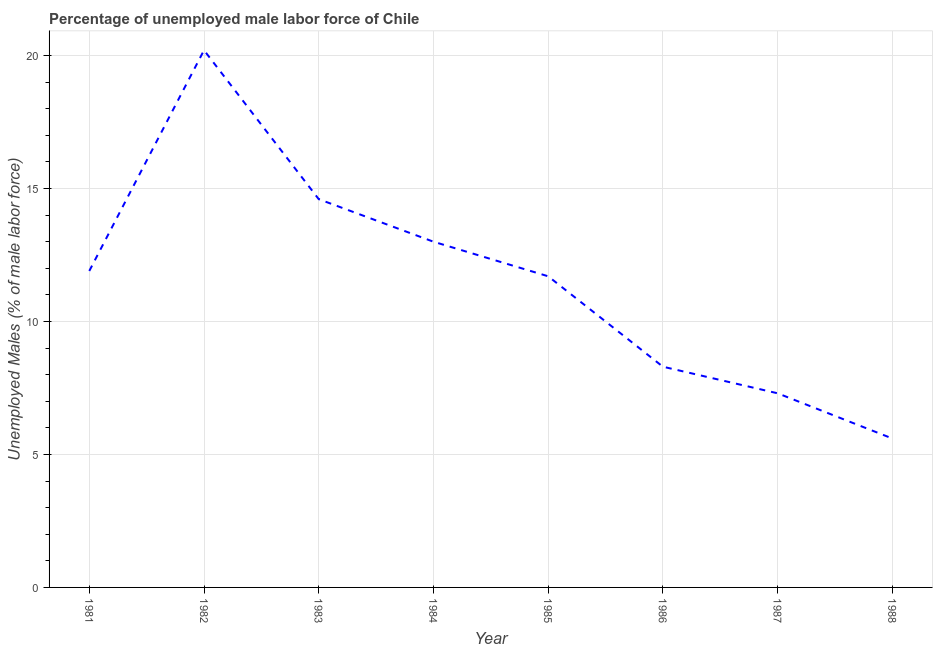
| Year | Unemployment male |
 | --- | --- |
 | 1981 | 11.9 |
 | 1982 | 20.2 |
 | 1983 | 14.6 |
 | 1984 | 13 |
 | 1985 | 11.7 |
 | 1986 | 8.3 |
 | 1987 | 7.3 |
 | 1988 | 5.6 |